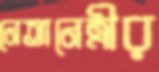
নেতানেত্রীর